Lunatic asylums Central Provinces reports 1895-1909 - 1895-1909
Year: 1895
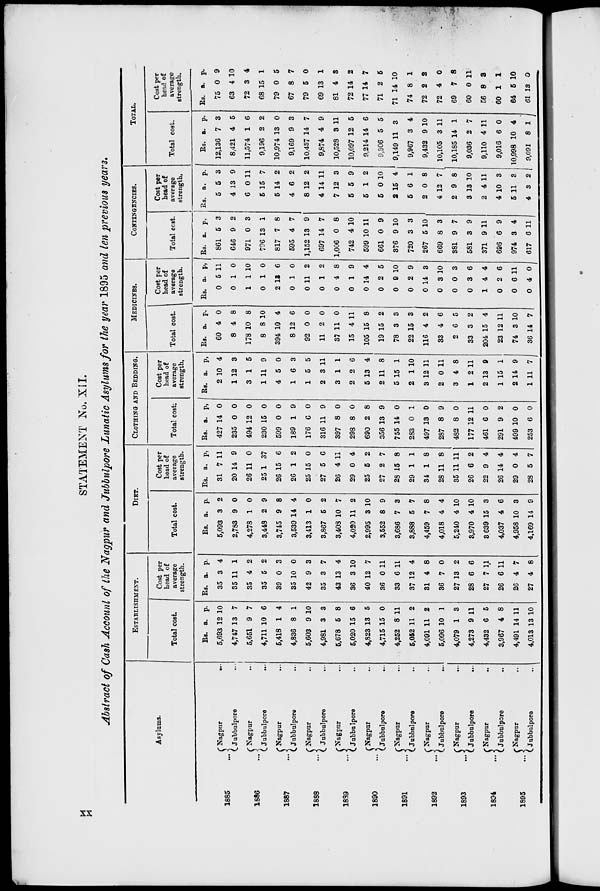
STATEMENT No. XII.
Abstract of Cash Account of the Nagpur and Jubbulpore Lunatic Asylums for the year 1895 and ten previous years.
Asylums.
1885
...
1886 ...
1887
...
1888 ...
1889
...
1890
...
1891
...
1892
...
1893
...
1894
...
1895
...
Nagpur
...
Jubbulpore ...
Nagpur ...
Jubbulpore
...
Nagpur ...
Jubbulpore ...
Nagpur ...
Jubbulpore ...
Nagpur ...
Jubbulpore ...
Nagpur ...
Jubbulpore
...
Nagpur ...
Jubbulpore
...
Nagpur ...
Jubbulpore
...
Nagpur ...
Jubbulpore
...
Nagpur ...
Jubbulpore ...
Nagpur ...
Jubbulpore ...
ESTABLISHMENT.
Total cost.
Rs.
5,693
4,747
5,651
4,711
5,418
4,836
5,603
4,981
5,678
5,020
4,823
4,715
4,252
5,052
4,091
5,096
4,079
4,273
4,432
3,967
4,491
4,013
a.
12
13
9
10
1
8
9
3
5
15
13
15
8
11
11
10
1
9
6
4
14
13
p.
10
7
7
6
4
1
10
3
8
6
5
0
11
2
2
1
3
11
5
8
11
10
Cost per
head of
average
strength.
Rs.
35
35
35
35
39
35
42
35
43
36
40
36
33
37
31
36
27
28
27
26
26
27
a.
3
11
4
5
0
10
9
3
13
3
12
0
6
12
4
7
13
6
7
6
4
4
p.
4
1
2
2
3
0
3
7
4
10
7
11
11
4
8
0
2
6
11
11
7
8
DIET.
Total cost.
Rs.
5,093
2,783
4,278
3,448
3,745
3,539
3,413
3,867
3,408
4,020
2,995
3,552
3,686
3,888
4,459
4,018
5,240
3,970
3,639
4,037
4,958
4,169
a.
3
9
1
2
9
14
1
6
10
11
3
8
7
5
7
4
4
4
15
4
10
14
p.
2
0
0
9
8
4
0
2
7
2
10
9
3
7
8
4
10
10
3
6
3
9
Cost per
head of
average
strength.
Rs.
31
20
26
25
26
26
25
27
26
29
25
27
23
29
34
28
35
26
22
26
29
28
a.
7
14
11
1
15
1
15
5
4
0
5
2
15
1
1
11
11
6
9
14
0
5
p.
11
9
0
37
6
2
0
0
11
4
2
7
8
1
8
8
11
2
4
4
4
7
CLOTHING AND BEDDING.
Total cost.
Rs.
427
235
494
230
599
189
176
316
397
298
690
356
755
283
497
287
482
177
461
291
499
253
a.
14
0
12
15
0
1
6
11
8
8
2
13
14
0
13
8
8
12
6
9
10
6
p.
0
0
0
0
0
9
0
9
0
0
8
9
0
1
0
9
0
11
0
2
0
0
Cost per
head of
average
strength.
Rs.
2
1
3
1
4
1
1
2
3
2
5
2
5
2
3
2
3
1
2
1
2
1
a.
10
12
1
11
5
6
5
3
1
2
13
11
15
1
12
0
4
2
13
15
14
11
p.
4
3
5
9
0
3
5
11
1
6
4
8
1
10
11
11
8
11
9
1
9
7
MEDICINES.
Total cost.
Rs.
60
8
178
8
394
8
92
11
37
15
105
19
78
22
116
33
2
33
204
23
74
36
a.
4
4
10
8
10
12
0
2
11
4
15
15
3
15
4
4
6
3
15
12
3
14
p.
0
8
8
10
4
6
0
0
0
11
8
2
3
3
2
6
5
2
4
11
10
7
Cost per
head of
average
strength.
Rs.
0
0
1
0
2
0
0
0
0
0
0
0
0
0
0
0
0
0
1
0
0
0
a.
5
1
1
1
13
1
11
1
4
1
14
2
9
2
14
3
0
3
4
2
6
4
p.
11
0
10
0
6
0
2
2
8
9
4
5
10
9
3
10
3
6
4
6
11
0
CONTINGENCIES.
Total cost.
Rs.
861
646
971
796
817
595
1,152
697
1,006
742
599
661
376
720
267
669
381
581
371
696
974
617
a.
5
9
0
13
7
4
13
14
0
4
10
0
9
3
5
8
9
3
9
6
3
6
p.
3
2
3
1
8
7
9
7
8
10
11
9
10
3
10
3
7
9
11
9
4
11
Cost per
head of
average
strength.
Rs.
5
4
6
5
5
4
8
4
7
5
5
5
2
5
2
4
2
3
2
4
5
4
a.
5
13
0
15
14
6
12
14
12
5
1
0
15
6
0
12
9
13
4
10
11
3
p.
3
9
11
7
2
2
2
11
3
9
2
10
4
1
8
7
8
10
11
3
3
2
TOTAL.
Total cost.
Rs.
12,136
8,421
11,574
9,196
10,974
9,169
10,437
9,874
10,528
10,097
9,214
9,306
9,149
9,967
9,432
10,105
10,185
9,036
9,110
9,016
10,998
9,091
a.
7
4
1
2
13
9
14
4
3
12
14
5
11
3
9
3
14
2
4
6
10
8
p.
3
5
6
2
0
3
7
9
11
5
6
5
3
4
10
11
1
7
11
0
4
1
Cost per
head of
average
strength.
Rs.
75
63
72
68
79
67
79
69
81
72
77
71
71
74
72
72
69
60
56
60
64
61
a.
0
4
3
15
0
8
5
13
4
14
14
2
14
8
2
4
7
0
8
1
5
13
p.
9
10
4
1
5
7
0
1
3
2
7
5
10
1
2
0
8
11
3
1
10
0
xx